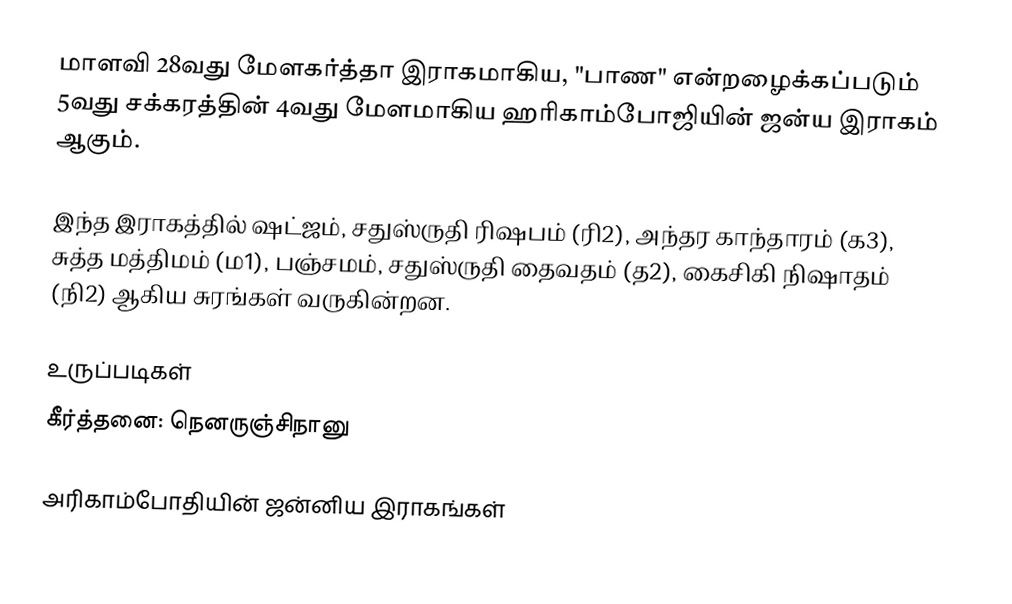
மாளவி 28வது மேளகர்த்தா இராகமாகிய, "பாண" என்றழைக்கப்படும் 5வது சக்கரத்தின் 4வது மேளமாகிய ஹரிகாம்போஜியின் ஜன்ய இராகம் ஆகும்.

 இந்த இராகத்தில் ஷட்ஜம், சதுஸ்ருதி ரிஷபம் (ரி2),  அந்தர காந்தாரம் (க3), சுத்த மத்திமம் (ம1), பஞ்சமம், சதுஸ்ருதி தைவதம் (த2), கைசிகி நிஷாதம்  (நி2) ஆகிய சுரங்கள் வருகின்றன.

உருப்படிகள்
 கீர்த்தனை: நெனருஞ்சிநானு

அரிகாம்போதியின் ஜன்னிய இராகங்கள்